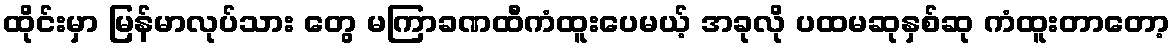
ထိုင်းမှာ မြန်မာလုပ်သား တွေ မကြာခဏထီကံထူးပေမယ့် အခုလို ပထမဆုနှစ်ဆု ကံထူးတာတော့